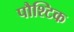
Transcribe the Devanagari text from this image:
पौश्टिक